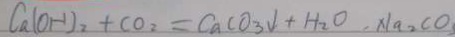
C a ( O H ) _ { 2 } + C O _ { 2 } = C a C O _ { 3 } \downarrow + H _ { 2 } O , N a _ { 2 } C O